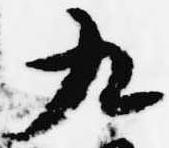
九